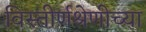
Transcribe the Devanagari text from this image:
विस्तीर्णश्रेणीच्या